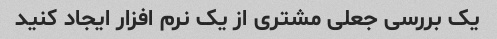
یک بررسی جعلی مشتری از یک نرم افزار ایجاد کنید